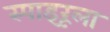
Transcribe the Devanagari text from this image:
स्पाइरूला